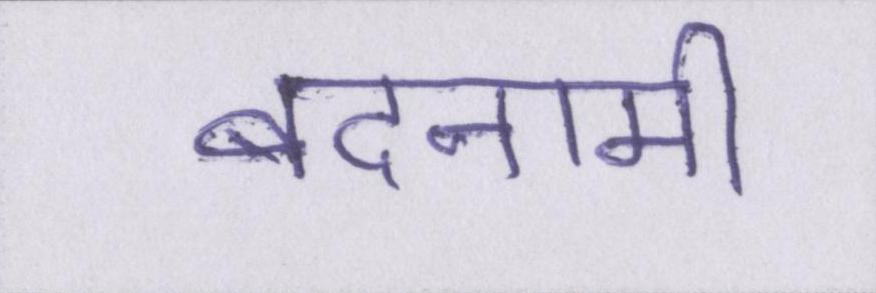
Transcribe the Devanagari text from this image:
बदनामी